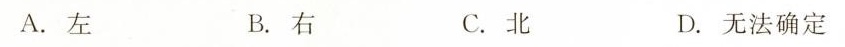
A.左 B.右 C.北 D.无法确定